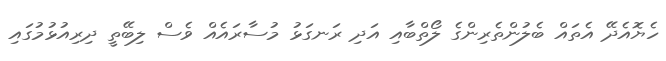
ހެޔޮއެދޭ އެތައް ބެލުންތެރިންގެ ލޯތްބާއި އަދި ރަނގަޅު މުސާރައެއް ވެސް ލިބޭތީ ދިރިއުޅުމުގައި